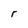
Character: r